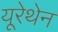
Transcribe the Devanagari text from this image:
यूरेथेन